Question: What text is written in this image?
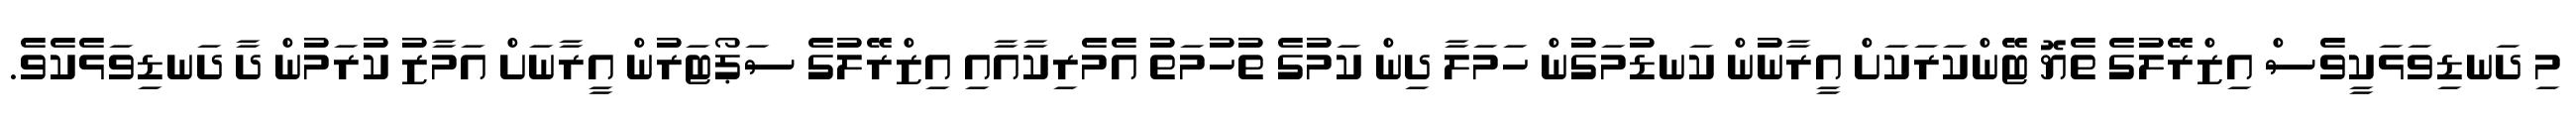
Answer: މި ދަނޑިވަޅަކީވެސް އިޒްރޭލުގެ ތެޔޮ ޓޭންކަރަކަށް އީރާނުން ކަނޑުމަގުން ހަމަލާ ދިން ކަމުގެ ތުހުމަތު އެމެރިކާއާއި އިޒްރޭލުގެ ސަޕޯޓަރުން އީރާނަށް އަމާޒު ކުރަމުން ދާ ދަނޑިވަޅެކެވެ.